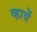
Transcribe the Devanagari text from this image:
व्हावें